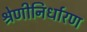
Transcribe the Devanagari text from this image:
श्रेणीनिर्धारण